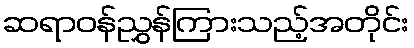
ဆရာဝန်ညွှန်ကြားသည့်အတိုင်း